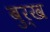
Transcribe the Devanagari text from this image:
बुर्ख